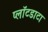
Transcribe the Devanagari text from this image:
प्लॉटडाटा